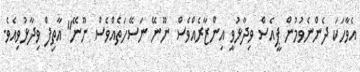
އެވާހަކަ ދެންނެވުމުން ޕީއެސް ވިދާޅުވީ އިންޒާރެއްވެސް ނޫނޭ ނަސޭހަތެއްވެސް ނޫނޭ" އާތިފް ވިދާޅުވިއެވެ.